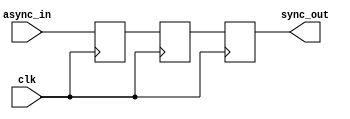
module master_slave_ff_synchronizer (
    input wire clk,          // Clock signal
    input wire async_in,     // Asynchronous input signal
    output reg sync_out      // Synchronized output signal
);

    // Internal signals for master and slave flip-flops
    reg master_ff;
    reg slave_ff;

    // Master Flip-Flop: Captures the input on the rising edge of the clock
    always @(posedge clk) begin
        master_ff <= async_in; // Sample the asynchronous input
    end

    // Slave Flip-Flop: Captures the output of the master on the falling edge of the clock
    always @(negedge clk) begin
        slave_ff <= master_ff; // Transfer the master output to the slave
    end

    // Synchronized output
    always @(posedge clk) begin
        sync_out <= slave_ff; // Update the synchronized output
    end

endmodule